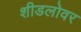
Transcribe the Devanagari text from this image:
शीडलोवर